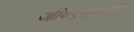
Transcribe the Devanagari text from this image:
जी०एफ़०पी